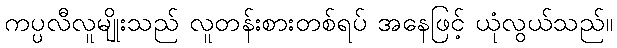
ကပ္ပလီလူမျိုးသည် လူတန်းစားတစ်ရပ် အနေဖြင့် ယုံလွယ်သည်။